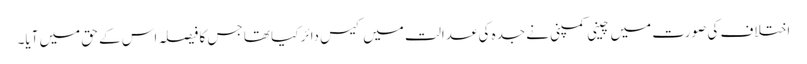
اختلاف کی صورت میں چینی کمپنی نے جدہ کی عدالت میں کیس دائر کیا تھا جس کا فیصلہ اس کے حق میں آیا۔